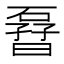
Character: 𱴬